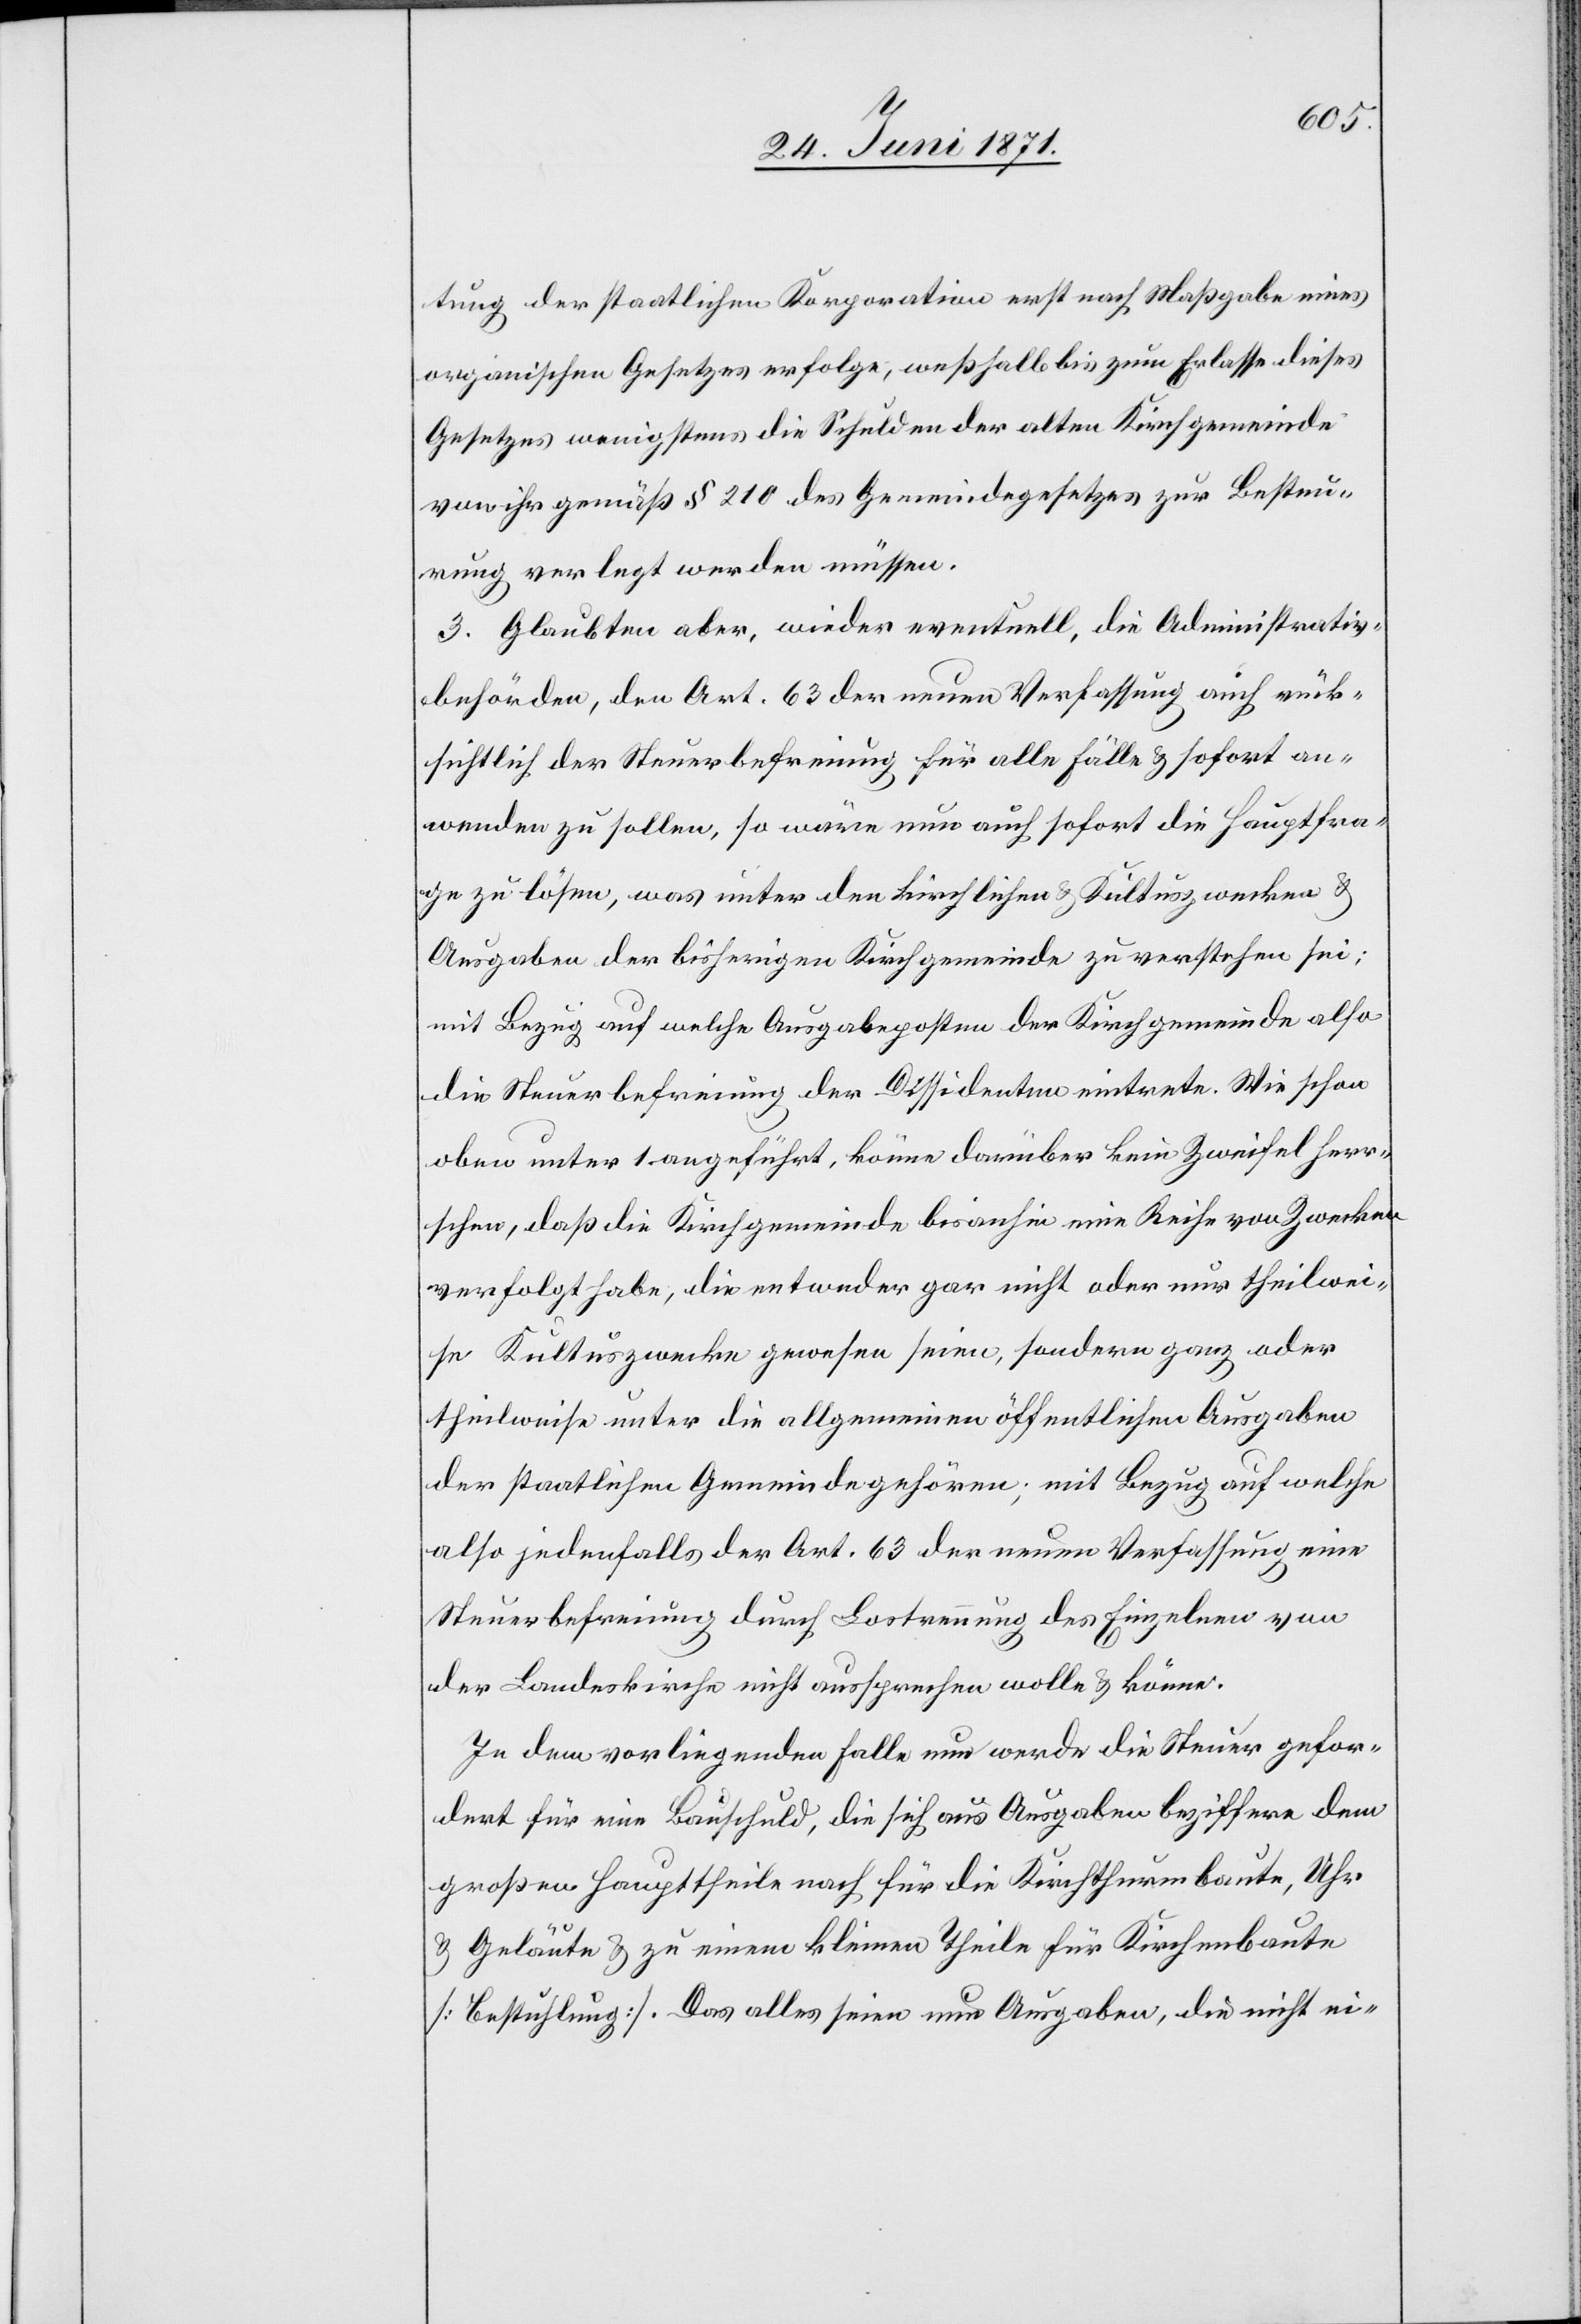
tung der staatlichen Korporation erst nach Maßgabe eines
organischen Gesetzes erfolge; weßhalb bis zum Erlasse diese
Gesetzes wenigstens die Schulden der alten Kirchgemeinde
von ihr gemäß § 210 des Gemeindegesetzes zur Besteue¬
rung verlegt werden müssen.
3. Glaubten aber, wieder eventuell, die Administrativ¬
behörden, den Art. 63 der neuen Verfassung auch rück¬
sichtlich der Steuerbefreiung für alle Fälle u. sofort an¬
wenden zu sollen, so wäre nun auch sofort die Hauptfra¬
ge zu lösen, was unter den kirchlichen u. Kultuszwecken u.
Ausgaben der bisherigen Kirchgemeinde zu verstehen sei;
mit Bezug auf welche Ausgabeposten der Kirchgemeinde also
die Steuerbefreiung der Dissidenten eintrete. Wie schon
oben unter 1. angeführt, könne darüber kein Zweifel herr¬
schen, daß die Kirchgemeinde bis anhin eine Reihe von Zwecken
verfolgt habe, die entweder gar nicht oder nur theilwei¬
se Kultuszwecke gewesen seien, sondern ganz oder
theilweise unter die allgemeinen öffentlichen Ausgaben
der staatlichen Gemeinde gehören; mit Bezug auf welche
also jedenfalls der Art. 63 der neuen Verfassung eine
Steuerbefreiung durch Lostrennung der Einzelnen von
der Landeskirche nicht aussprechen wolle u. könne.
In dem vorliegenden Falle nun werde die Steuer gefor¬
dert für eine Bauschuld, die sich aus Ausgaben beziffere dem
großen Haupttheile nach für die Kirchthurmbaute, Uhr
u. Geläute u. zu einem kleinen Theile für Kirchenbaute
[Bestuhlung]. Das alles seien nun Ausgaben, die nicht ei-